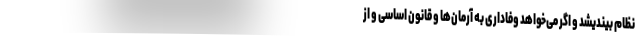
نظام بیندیشد و اگر می‌خواهد وفاداری به آرمان‌ها و قانون اساسی و از